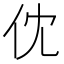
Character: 𠆶